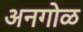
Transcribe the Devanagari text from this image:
अनगोळ